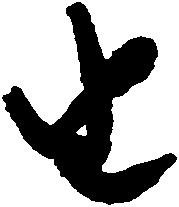
由